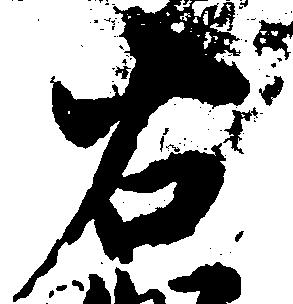
右